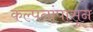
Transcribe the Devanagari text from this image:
कल्पनांपासून